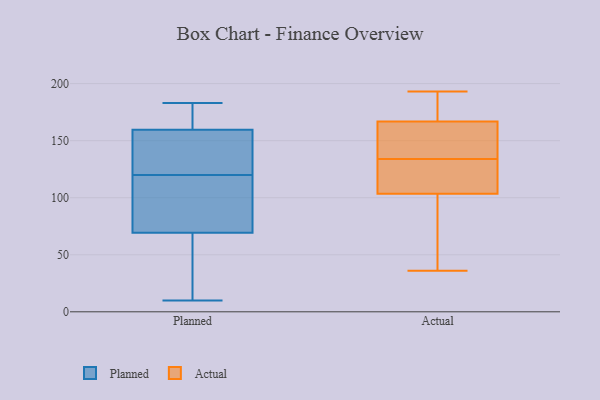
{"axis": {"x": "Temperature (°C)", "y": "Value"}, "legend": ["Actual", "Planned"], "data": [{"x": "", "y": 160, "type": "Planned"}, {"x": "", "y": 94, "type": "Planned"}, {"x": "", "y": 33, "type": "Planned"}, {"x": "", "y": 164, "type": "Planned"}, {"x": "", "y": 183, "type": "Planned"}, {"x": "", "y": 139, "type": "Planned"}, {"x": "", "y": 158, "type": "Planned"}, {"x": "", "y": 73, "type": "Planned"}, {"x": "", "y": 158, "type": "Planned"}, {"x": "", "y": 171, "type": "Planned"}, {"x": "", "y": 10, "type": "Planned"}, {"x": "", "y": 68, "type": "Planned"}, {"x": "", "y": 120, "type": "Planned"}, {"x": "", "y": 18, "type": "Planned"}, {"x": "", "y": 113, "type": "Planned"}, {"x": "", "y": 190, "type": "Actual"}, {"x": "", "y": 133, "type": "Actual"}, {"x": "", "y": 84, "type": "Actual"}, {"x": "", "y": 54, "type": "Actual"}, {"x": "", "y": 193, "type": "Actual"}, {"x": "", "y": 137, "type": "Actual"}, {"x": "", "y": 105, "type": "Actual"}, {"x": "", "y": 187, "type": "Actual"}, {"x": "", "y": 167, "type": "Actual"}, {"x": "", "y": 84, "type": "Actual"}, {"x": "", "y": 128, "type": "Actual"}, {"x": "", "y": 166, "type": "Actual"}, {"x": "", "y": 124, "type": "Actual"}, {"x": "", "y": 190, "type": "Actual"}, {"x": "", "y": 143, "type": "Actual"}, {"x": "", "y": 103, "type": "Actual"}, {"x": "", "y": 152, "type": "Actual"}, {"x": "", "y": 36, "type": "Actual"}, {"x": "", "y": 134, "type": "Actual"}]}